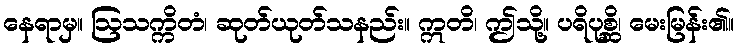
နေရာမှ။ ဩသက္ကိတံ၊ ဆုတ်ယုတ်သနည်း။ ဣတိ၊ ဤသို့။ ပရိပုစ္ဆိ၊ မေးမြန်း၏။